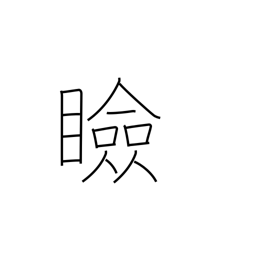
Meaning: eyelids